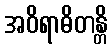
အဝိရာဓိတန္တိ